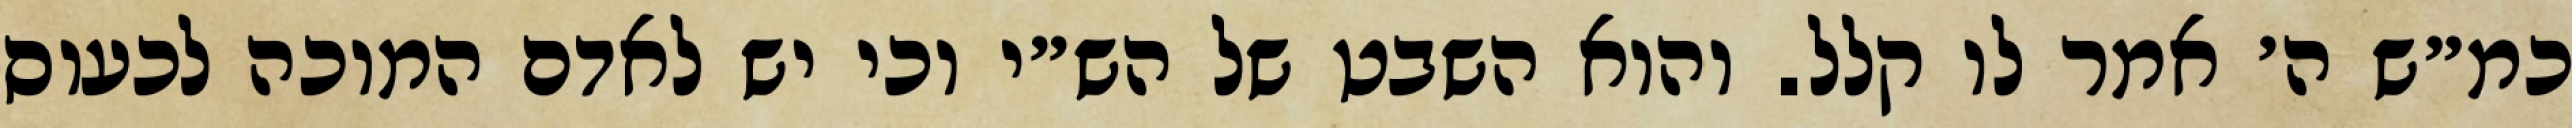
כמ״ש ה׳ אמר לו קלל. והוא השבט של הש״י וכי יש לאדם המוכה לכעוס